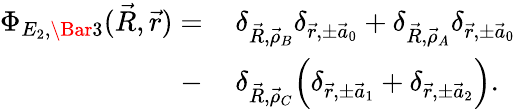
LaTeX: \begin{array}{rl}{\Phi_{E_{2},\Bar 3}(\vec{R},\vec{r})=\, }&{{}\delta_{\vec{R},\vec{\rho}_{B}}\delta_{\vec{r},\pm\vec{a}_{0}}+\delta_{\vec{R},\vec{\rho}_{A}}\delta_{\vec{r},\pm\vec{a}_{0}}}\\ {-\, }&{{}\delta_{\vec{R},\vec{\rho}_{C}}\Big(\delta_{\vec{r},\pm\vec{a}_{1}}+\delta_{\vec{r},\pm\vec{a}_{2}}\Big).}\end{array}